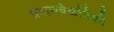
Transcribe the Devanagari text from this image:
प्रमाणवेळांपैकी